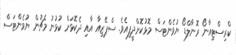
ކްރިސްޓިއާނޯ ރޮނާލްޑޯ ޔުވެންޓަސް މޮޅުކޮށްދީފިއެވެ. ސްޕޭޒިއާ އާއި ދެކޮޅަށް ކުޅުނު މެޗުން ޔުވެންޓަސް